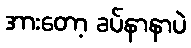
အားတော့ ခပ်နာနာပဲ